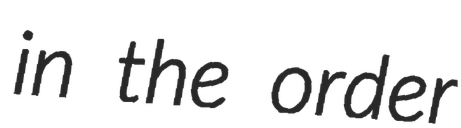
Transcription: in the order